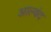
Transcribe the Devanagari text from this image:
आल्वंद